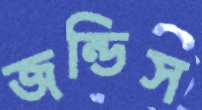
জন্ডিস